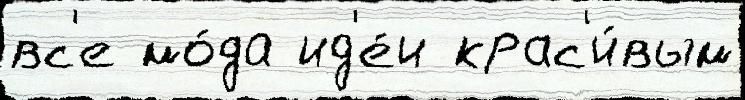
вс'е мо́да ид'е́и крас'и́вым